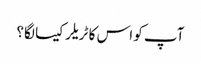
آپ کو اس کا ٹریلر کیسا لگا؟